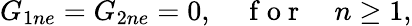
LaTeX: G_{1ne}=G_{2ne}=0,\quad\mathrm{~f~o~r~}\quad n\geq 1,